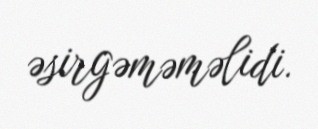
əsirgəməməlidi.